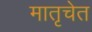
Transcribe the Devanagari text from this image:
मातृचेत